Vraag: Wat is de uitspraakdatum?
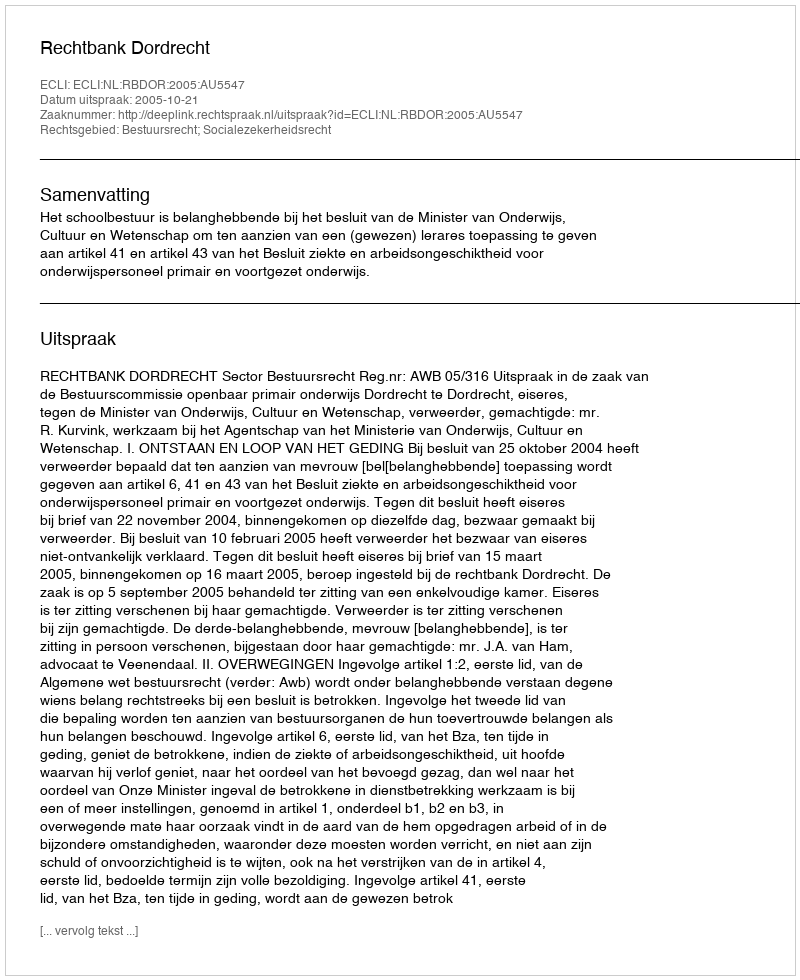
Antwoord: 2005-10-21